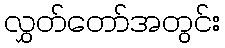
လွှတ်တော်အတွင်း